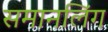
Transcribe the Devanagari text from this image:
समानलिंग